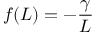
f ( L ) = - \frac { \gamma } { L }